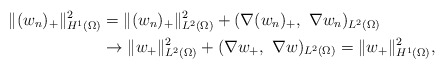
\begin{align*}\|(w_n)_+\|_{H^1(\Omega)}^2&=\|(w_n)_+\|_{L^2(\Omega)}^2+(\nabla (w_n)_+,~\nabla w_n)_{L^2(\Omega)}\\&\to\|w_+\|_{L^2(\Omega)}^2+(\nabla w_+,~\nabla w)_{L^2(\Omega)}=\|w_+\|_{H^1(\Omega)}^2,\end{align*}